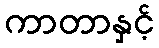
ကာတာနှင့်